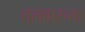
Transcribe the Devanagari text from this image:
तलवारच्या